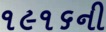
૧૯૧૬ની